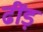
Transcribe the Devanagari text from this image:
ढींड़